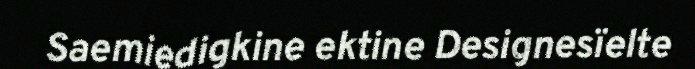
Saemiedigkine ektine Designesïelte